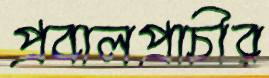
প্রবালপ্রাচীর